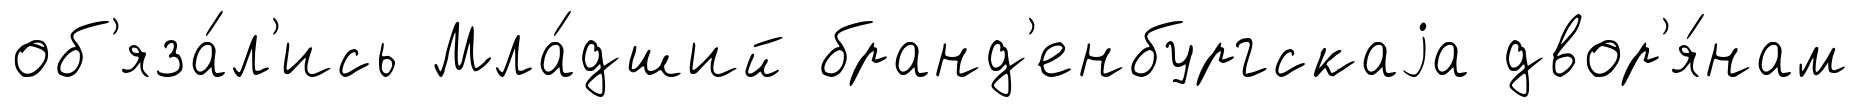
об'яза́л'ись Мла́дший бранд'енбургскаjа двор'я́нам